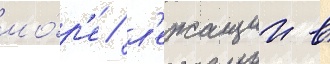
мо́р'е / л'ежащии в